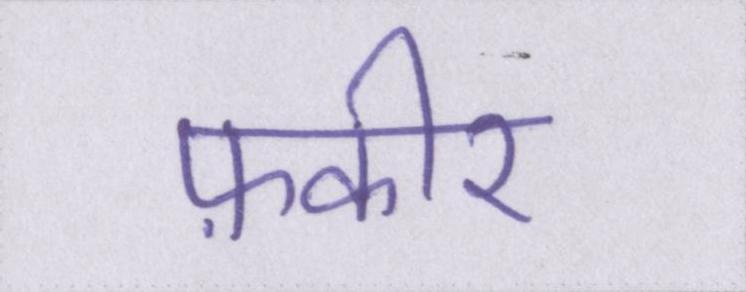
फ़कीर